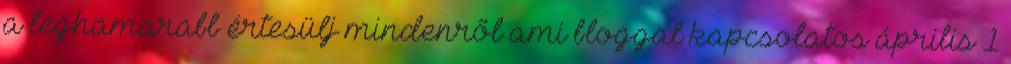
a leghamarabb értesülj mindenről ami bloggal kapcsolatos április 1